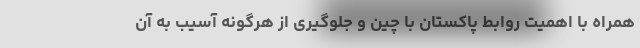
همراه با اهمیت روابط پاکستان با چین و جلوگیری از هرگونه آسیب به آن